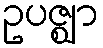
ဥပဇ္ဈာ